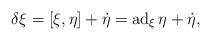
LaTeX: \begin{gather*} \delta \xi = [ \xi, \eta ] + \dot{ \eta } = \operatorname{ad} _\xi \eta + \dot{ \eta } ,\end{gather*}